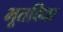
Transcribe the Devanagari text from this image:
भूतविधा